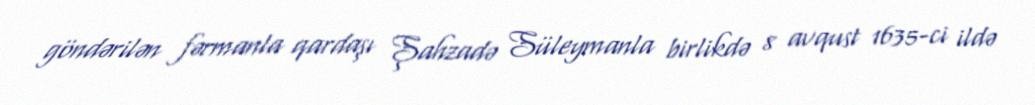
göndərilən fərmanla qardaşı Şahzadə Süleymanla birlikdə 8 avqust 1635-ci ildə